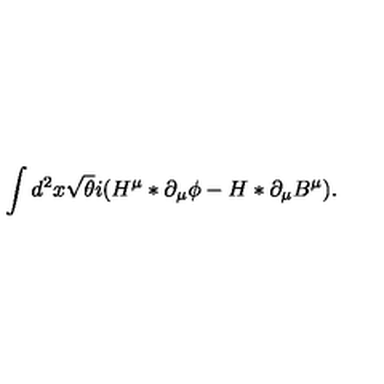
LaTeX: \int d ^ { 2 } x \sqrt { \theta } i ( H ^ { \mu } \ast \partial _ { \mu } \phi - H \ast \partial _ { \mu } B ^ { \mu } ) .